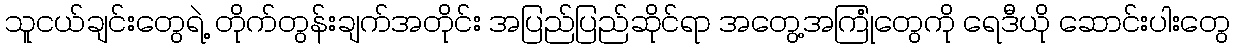
သူငယ်ချင်းတွေရဲ့ တိုက်တွန်းချက်အတိုင်း အပြည်ပြည်ဆိုင်ရာ အတွေ့အကြုံတွေကို ရေဒီယို ဆောင်းပါးတွေ